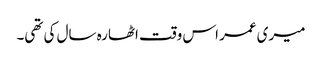
میری عمر اس وقت اٹھارہ سال کی تھی۔